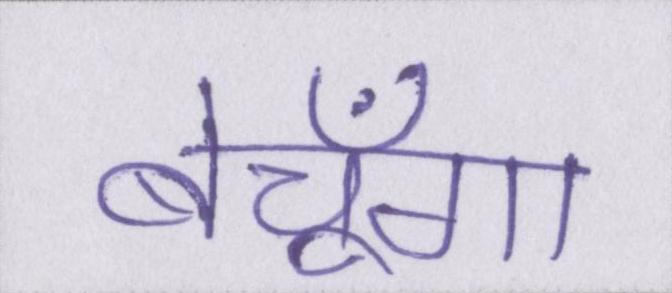
बेचूँगा